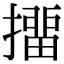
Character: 㩅